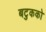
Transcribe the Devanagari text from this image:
बटुकको